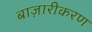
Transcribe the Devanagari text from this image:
बाज़ारीकरण